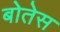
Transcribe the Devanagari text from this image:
बोतेस